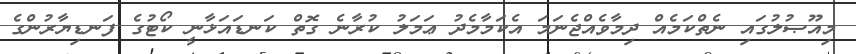
މިއޫޞުލުގައި ނެތްކަމެއް ދިމާވެއްޖެނަމަ އެކަމާމެދު ޢަމަލު ކުރާނެ ގޮތް ކަނޑައަޅާނީ ކޯޓުގެ ފަނޑިޔާރުންގެ